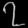
Digit: ၇